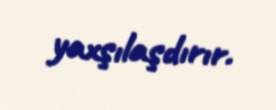
yaxşılaşdırır.